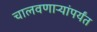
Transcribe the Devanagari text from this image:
चालवणार्‍यांपर्यंत